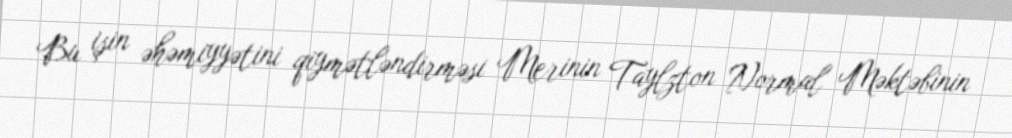
Bu işin əhəmiyyətini qiymətləndirməsi Merinin Taylzton Normal Məktəbinin